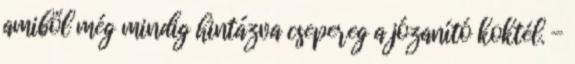
amiből még mindig hintázva csepereg a józanító koktél. -